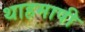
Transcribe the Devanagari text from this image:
थाहमापी